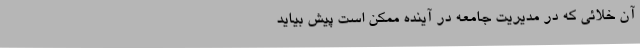
آن‌ خلائی‌ که‌ در مدیریت ‌جامعه‌ در آینده‌ ممکن‌ است‌ پیش‌ بیاید